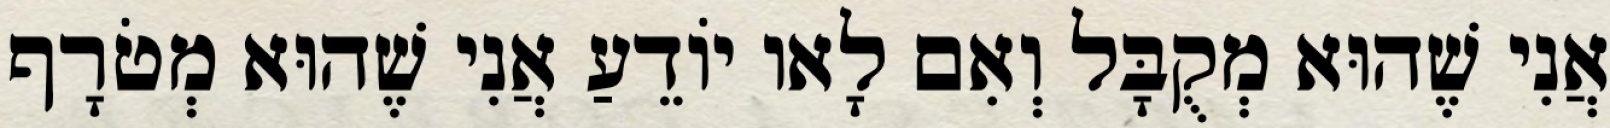
אֲנִי שֶׁהוּא מְקֻבָּל וְאִם לָאו יוֹדֵעַ אֲנִי שֶׁהוּא מְטֹרָף